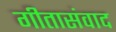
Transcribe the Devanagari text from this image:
गीतासंवाद